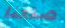
صنعنا